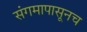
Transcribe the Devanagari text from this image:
संगमापासूनच